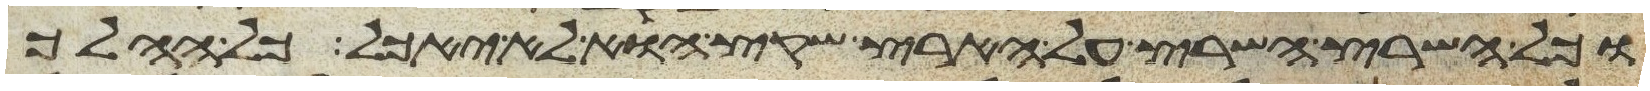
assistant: וכל השרץ השרץ על הארץ שקץ הוא לא יאכל כל ההלך